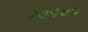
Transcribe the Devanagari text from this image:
१०१००